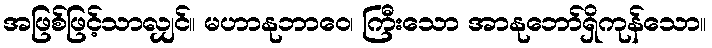
အဖြစ်ဖြင့်သာလျှင်။ မဟာနုဘာဝေ၊ ကြီးသော အာနုဘော်ရှိကုန်သော။